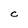
Character: C